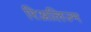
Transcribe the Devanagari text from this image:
रिअलिज्म